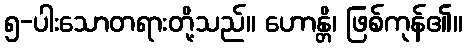
၅-ပါးသောတရားတို့သည်။ ဟောန္တိ၊ ဖြစ်ကုန်၏။